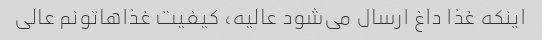
اینکه غذا داغ ارسال می‌شود عالیه، کیفیت غذاهاتونم عالی